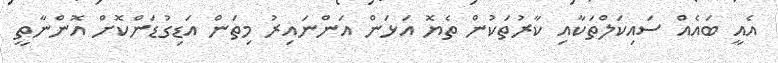
އެއީ ބައެއް ސައިކަލްތަކާއި ކާރުތަކުން ތެޔޮ އަޅަން އަންނައިރު މިތަން އަޑިގުޑަންކޮށް އޮންނާތީ